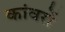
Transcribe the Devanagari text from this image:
कांवरों